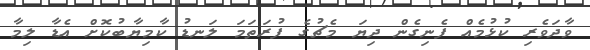
ވާދަވެރި ކުޅުމެއް ފެނިގެން ދިޔަ މެޗުގެ ފުރަތަމަ ލަނޑު ކާމިޔާބުކޮށް އެޑާ ލިމާ